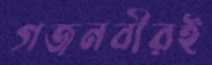
গজনবীরই